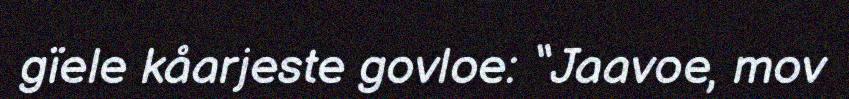
gïele kåarjeste govloe: “Jaavoe, mov